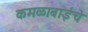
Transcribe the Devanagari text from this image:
कमळाबाईचे